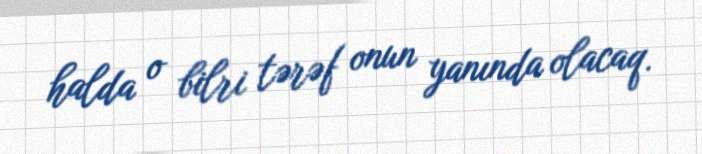
halda o bilri tərəf onun yanında olacaq.